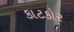
કાટકોર